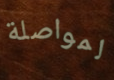
لمواصلة